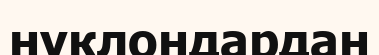
нуклондардан